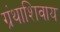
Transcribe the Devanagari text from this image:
ग्रंथाशिवाय